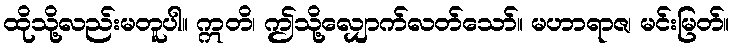
ထိုသို့လည်းမတူပါ။ ဣတိ၊ ဤသို့လျှောက်လတ်သော်။ မဟာရာဇ၊ မင်းမြတ်။